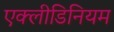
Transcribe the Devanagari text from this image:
एक्लीडिनियम